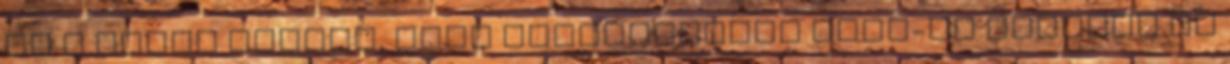
az a titok előtte, hogy megszületett Snow-ék gyereke és